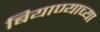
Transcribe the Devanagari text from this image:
बियाण्याच्या